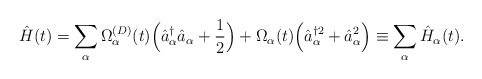
\begin{align*}\hat{H} (t) = \sum_{\alpha} \Omega^{(D)}_{\alpha} (t)\Bigl(\hat{a}^{\dagger}_{\alpha} \hat{a}_{\alpha} + \frac{1}{2}\Bigr) + \Omega_{\alpha} (t) \Bigl(\hat{a}^{\dagger 2}_{\alpha} +\hat{a}^2_{\alpha} \Bigr) \equiv \sum_{\alpha} \hat{H}_{\alpha}(t). \end{align*}